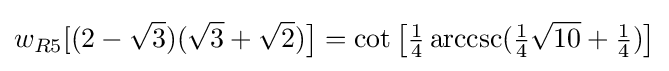
w_{R5}[(2-{\sqrt {3}})({\sqrt {3}}+{\sqrt {2}}){\bigr ]}=\cot {\bigl [}{\tfrac {1}{4}}\operatorname {arccsc}({\tfrac {1}{4}}{\sqrt {10}}+{\tfrac {1}{4}}){\bigr ]}